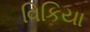
વિકિયા